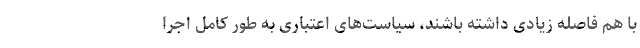
با هم فاصله زیادی داشته باشند، سیاست‌های اعتباری به طور کامل اجرا